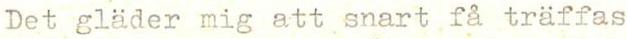
Det gläder mig att snart få träffas